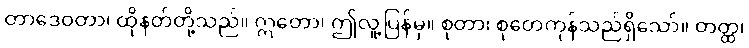
တာဒေဝတာ၊ ထိုနတ်တို့သည်။ ဣတော၊ ဤလူ့ပြန်မှ။ စုတာ၊ စုတေကုန်သည်ရှိသော်။ တတ္ထ၊